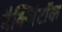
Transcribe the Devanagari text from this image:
मैक्लिंटॉक